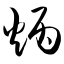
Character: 炳